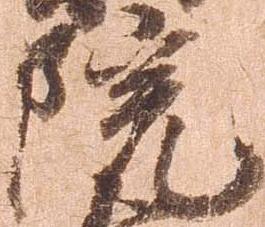
院